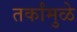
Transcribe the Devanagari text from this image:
तर्कांमुळे